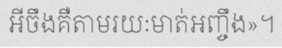
អីចឹងគឺតាមរយៈមាត់អញ្ចឹង»។